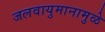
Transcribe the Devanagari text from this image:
जलवायुमानामुळे